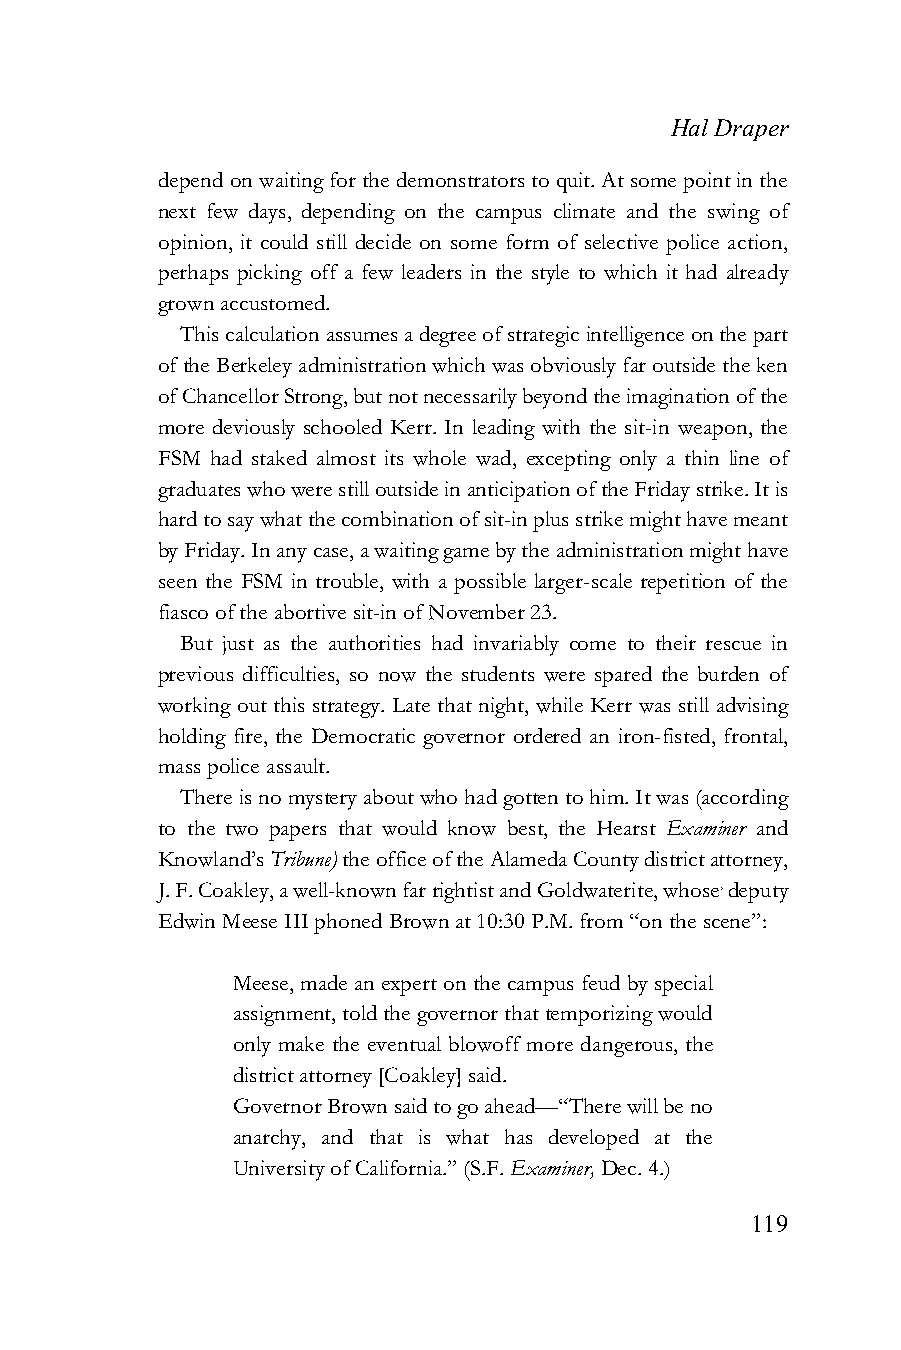
Hal Draper
 depend on waiting for the demonstrators to quit. At some point in the
 next few days, depending on the campus climate and the swing of
 opinion, it could still decide on some form of selective police action,
 perhaps picking off a few leaders in the style to which it had already
 grown accustomed.
 This calculation assumes a degree of strategic intelligence on the part
 of the Berkeley administration which was obviously far outside the ken
 of Chancellor Strong, but not necessarily beyond the imagination of the
 more deviously schooled Kerr. In leading with the sit-in weapon, the
 FSM had staked almost its whole wad, excepting only a thin line of
 graduates who were still outside in anticipation of the Friday strike. It is
 hard to say what the combination of sit-in plus strike might have meant
 by Friday. In any case, a waiting game by the administration might have
 seen the FSM in trouble, with a possible larger-scale repetition of the
 fiasco of the abortive sit-in of November 23.
 But just as the authorities had invariably come to their rescue in
 previous difficulties, so now the students were spared the burden of
 working out this strategy. Late that night, while Kerr was still advising
 holding fire, the Democratic governor ordered an iron-fisted, frontal,
 mass police assault.
 There is no mystery about who had gotten to him. It was (according
 to the two papers that would know best, the Hearst Examiner and
 Knowland’s Tribune) the office of the Alameda County district attorney,
 J. F. Coakley, a well-known far rightist and Goldwaterite, whose, deputy
 Edwin Meese III phoned Brown at 10:30 P.M. from “on the scene”:
 Meese, made an expert on the campus feud by special
 assignment, told the governor that temporizing would
 only make the eventual blowoff more dangerous, the
 district attorney [Coakley] said.
 Governor Brown said to go ahead—“There will be no
 anarchy, and that is what has developed at the
 University of California.” (S.F. Examiner, Dec. 4.)
 119